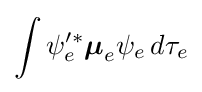
\int \psi _{e}'^{*}{\boldsymbol {\mu }}_{e}\psi _{e}\,d\tau _{e}